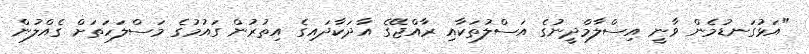
"އަޅުގަނޑުމެން ވާނީ އިސްލާމްދީނުގެ އަސްލުތަކާއި ރާއްޖޭގެ އާދަކާދައިގެ އިތުރުން ގައުމުގެ މަސްލަހަތަށް ގެއްލުން